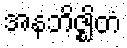
အနဘိဇ္ဈိတံ